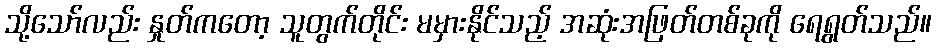
သို့သော်လည်း နှုတ်ကတော့ သူတွက်တိုင်း မမှားနိုင်သည့် အဆုံးအဖြတ်တစ်ခုကို ရေရွတ်သည်။